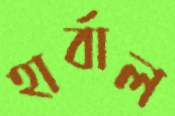
হার্বাল